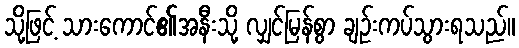
သို့ဖြင့် သားကောင်၏အနီးသို့ လျှင်မြန်စွာ ချဉ်းကပ်သွားရသည်။